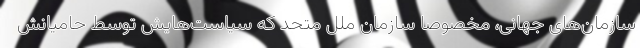
سازمان‌های جهانی، مخصوصاً سازمان ملل متحد که سیاست‌هایش توسط حامیانش